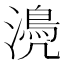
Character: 𣿆